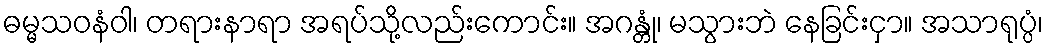
ဓမ္မသဝနံဝါ၊ တရားနာရာ အရပ်သို့လည်းကောင်း။ အဂန္တုံ၊ မသွားဘဲ နေခြင်းငှာ။ အသာရုပ္ပံ၊